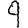
Digit: 9